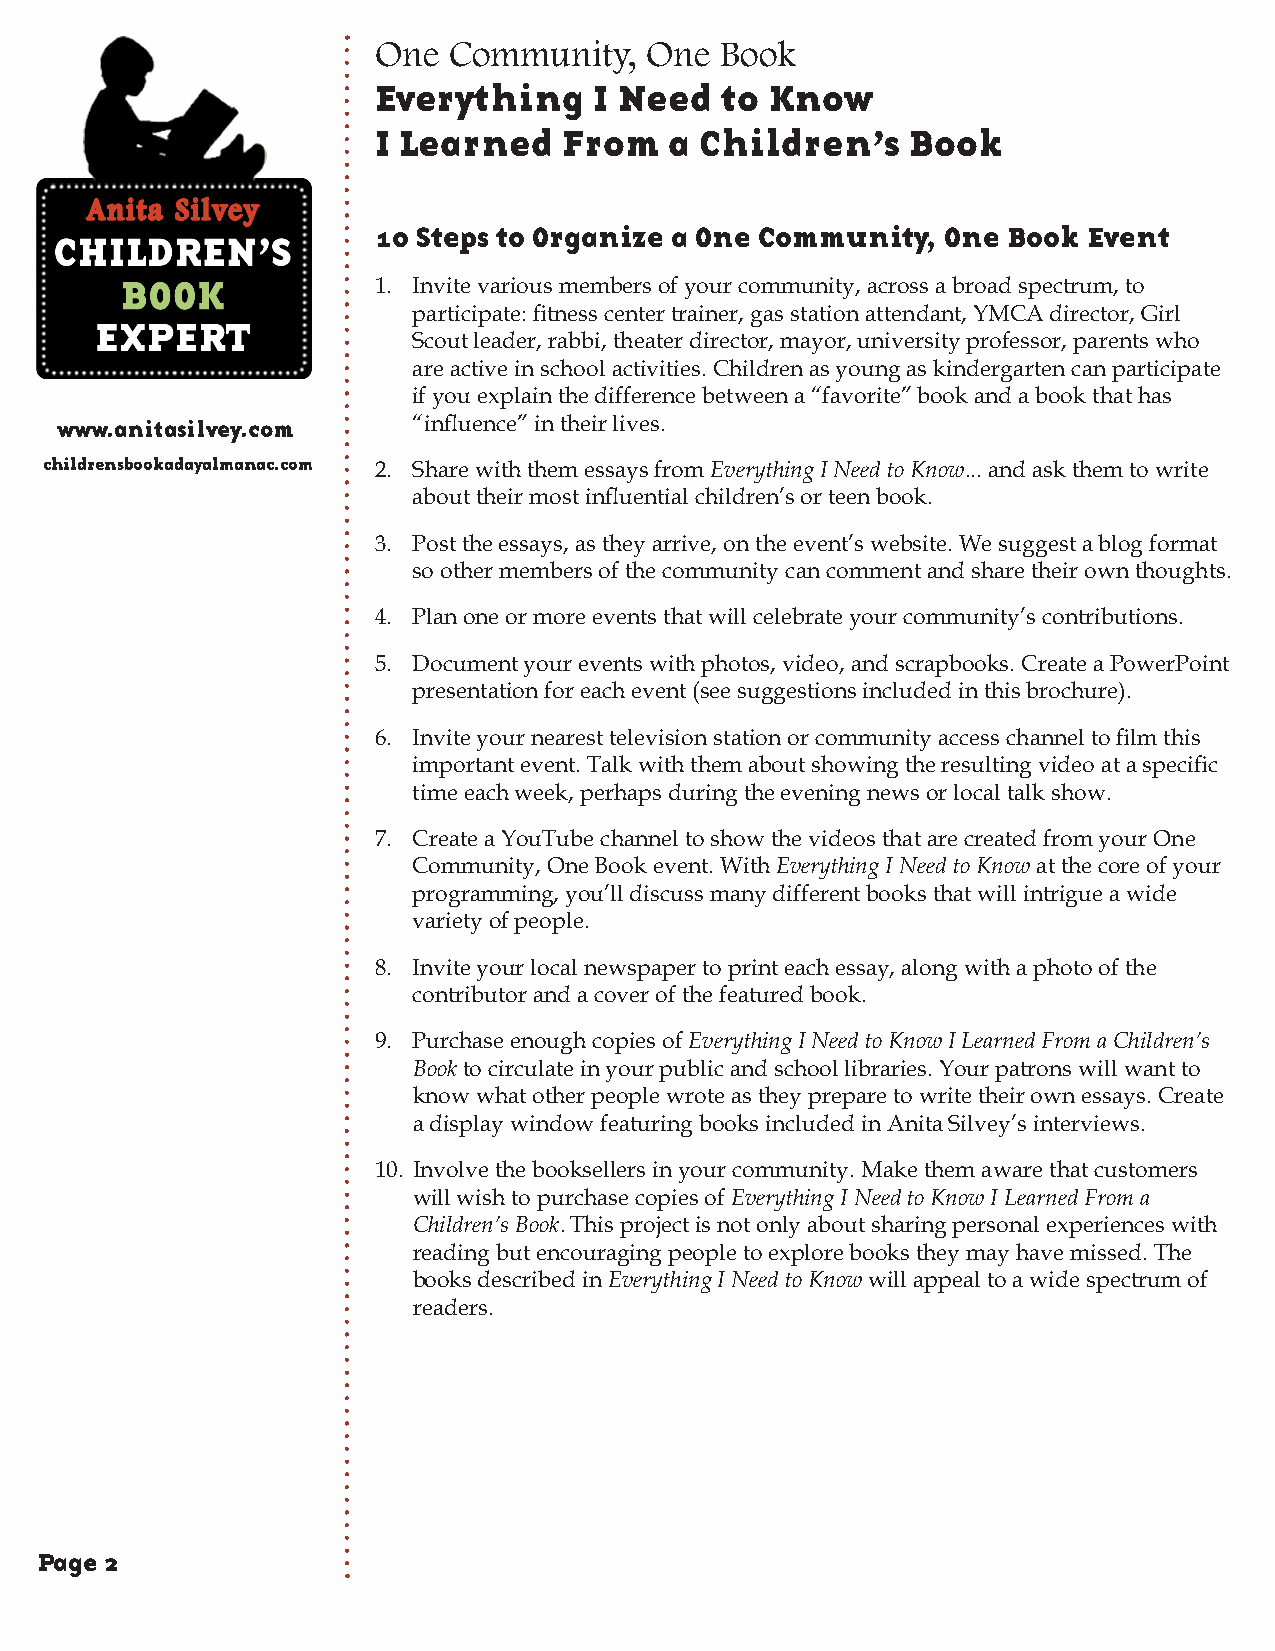
One  Community,   One  Book
 Everything    I Need   to Know
 I Learned   From   a Children’s    Book
 10 Steps to Organize a One Community, One Book Event
 1. Invite various members of your community, across a broad spectrum, to
 participate: fitness center trainer, gas station attendant, YMCA director, Girl
 Scout leader, rabbi, theater director, mayor, university professor, parents who
 are active in school activities. Children as young as kindergarten can participate
 if you explain the difference between a “favorite” book and a book that has
 www.anitasilvey.com    “influence” in their lives.
 childrensbookadayalmanac.com 2. Share with them essays from Everything I Need to Know... and ask them to write
 about their most influential children’s or teen book.
 3. Post the essays, as they arrive, on the event’s website. We suggest a blog format
 so other members of the community can comment and share their own thoughts.
 4. Plan one or more events that will celebrate your community’s contributions.
 5. Document your events with photos, video, and scrapbooks. Create a PowerPoint
 presentation for each event (see suggestions included in this brochure).
 6. Invite your nearest television station or community access channel to film this
 important event. Talk with them about showing the resulting video at a specific
 time each week, perhaps during the evening news or local talk show.
 7. Create a YouTube channel to show the videos that are created from your One
 Community, One Book event. With Everything I Need to Know at the core of your
 programming, you’ll discuss many different books that will intrigue a wide
 variety of people.
 8. Invite your local newspaper to print each essay, along with a photo of the
 contributor and a cover of the featured book.
 9. Purchase enough copies of Everything I Need to Know I Learned From a Children’s
 Book to circulate in your public and school libraries. Your patrons will want to
 know what other people wrote as they prepare to write their own essays. Create
 a display window featuring books included in Anita Silvey’s interviews.
 10. Involve the booksellers in your community. Make them aware that customers
 will wish to purchase copies of Everything I Need to Know I Learned From a
 Children’s Book. This project is not only about sharing personal experiences with
 reading but encouraging people to explore books they may have missed. The
 books described in Everything I Need to Know will appeal to a wide spectrum of
 readers.
 Page 2